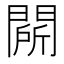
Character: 𲈬